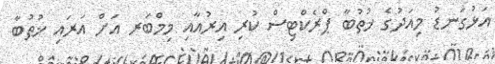
އަޅުގަނޑު މިއަދުގެ ޚުތުބާ ޕްރެކްޓިސް ކުރި އިރުއާއި މިމްބަރ އަށް އަރައި ޚުޠުބާ